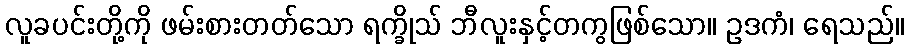
လူခပင်းတို့ကို ဖမ်းစားတတ်သော ရက္ခိုသ် ဘီလူးနှင့်တကွဖြစ်သော။ ဥဒကံ၊ ရေသည်။